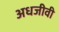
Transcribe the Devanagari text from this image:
अधजीवी